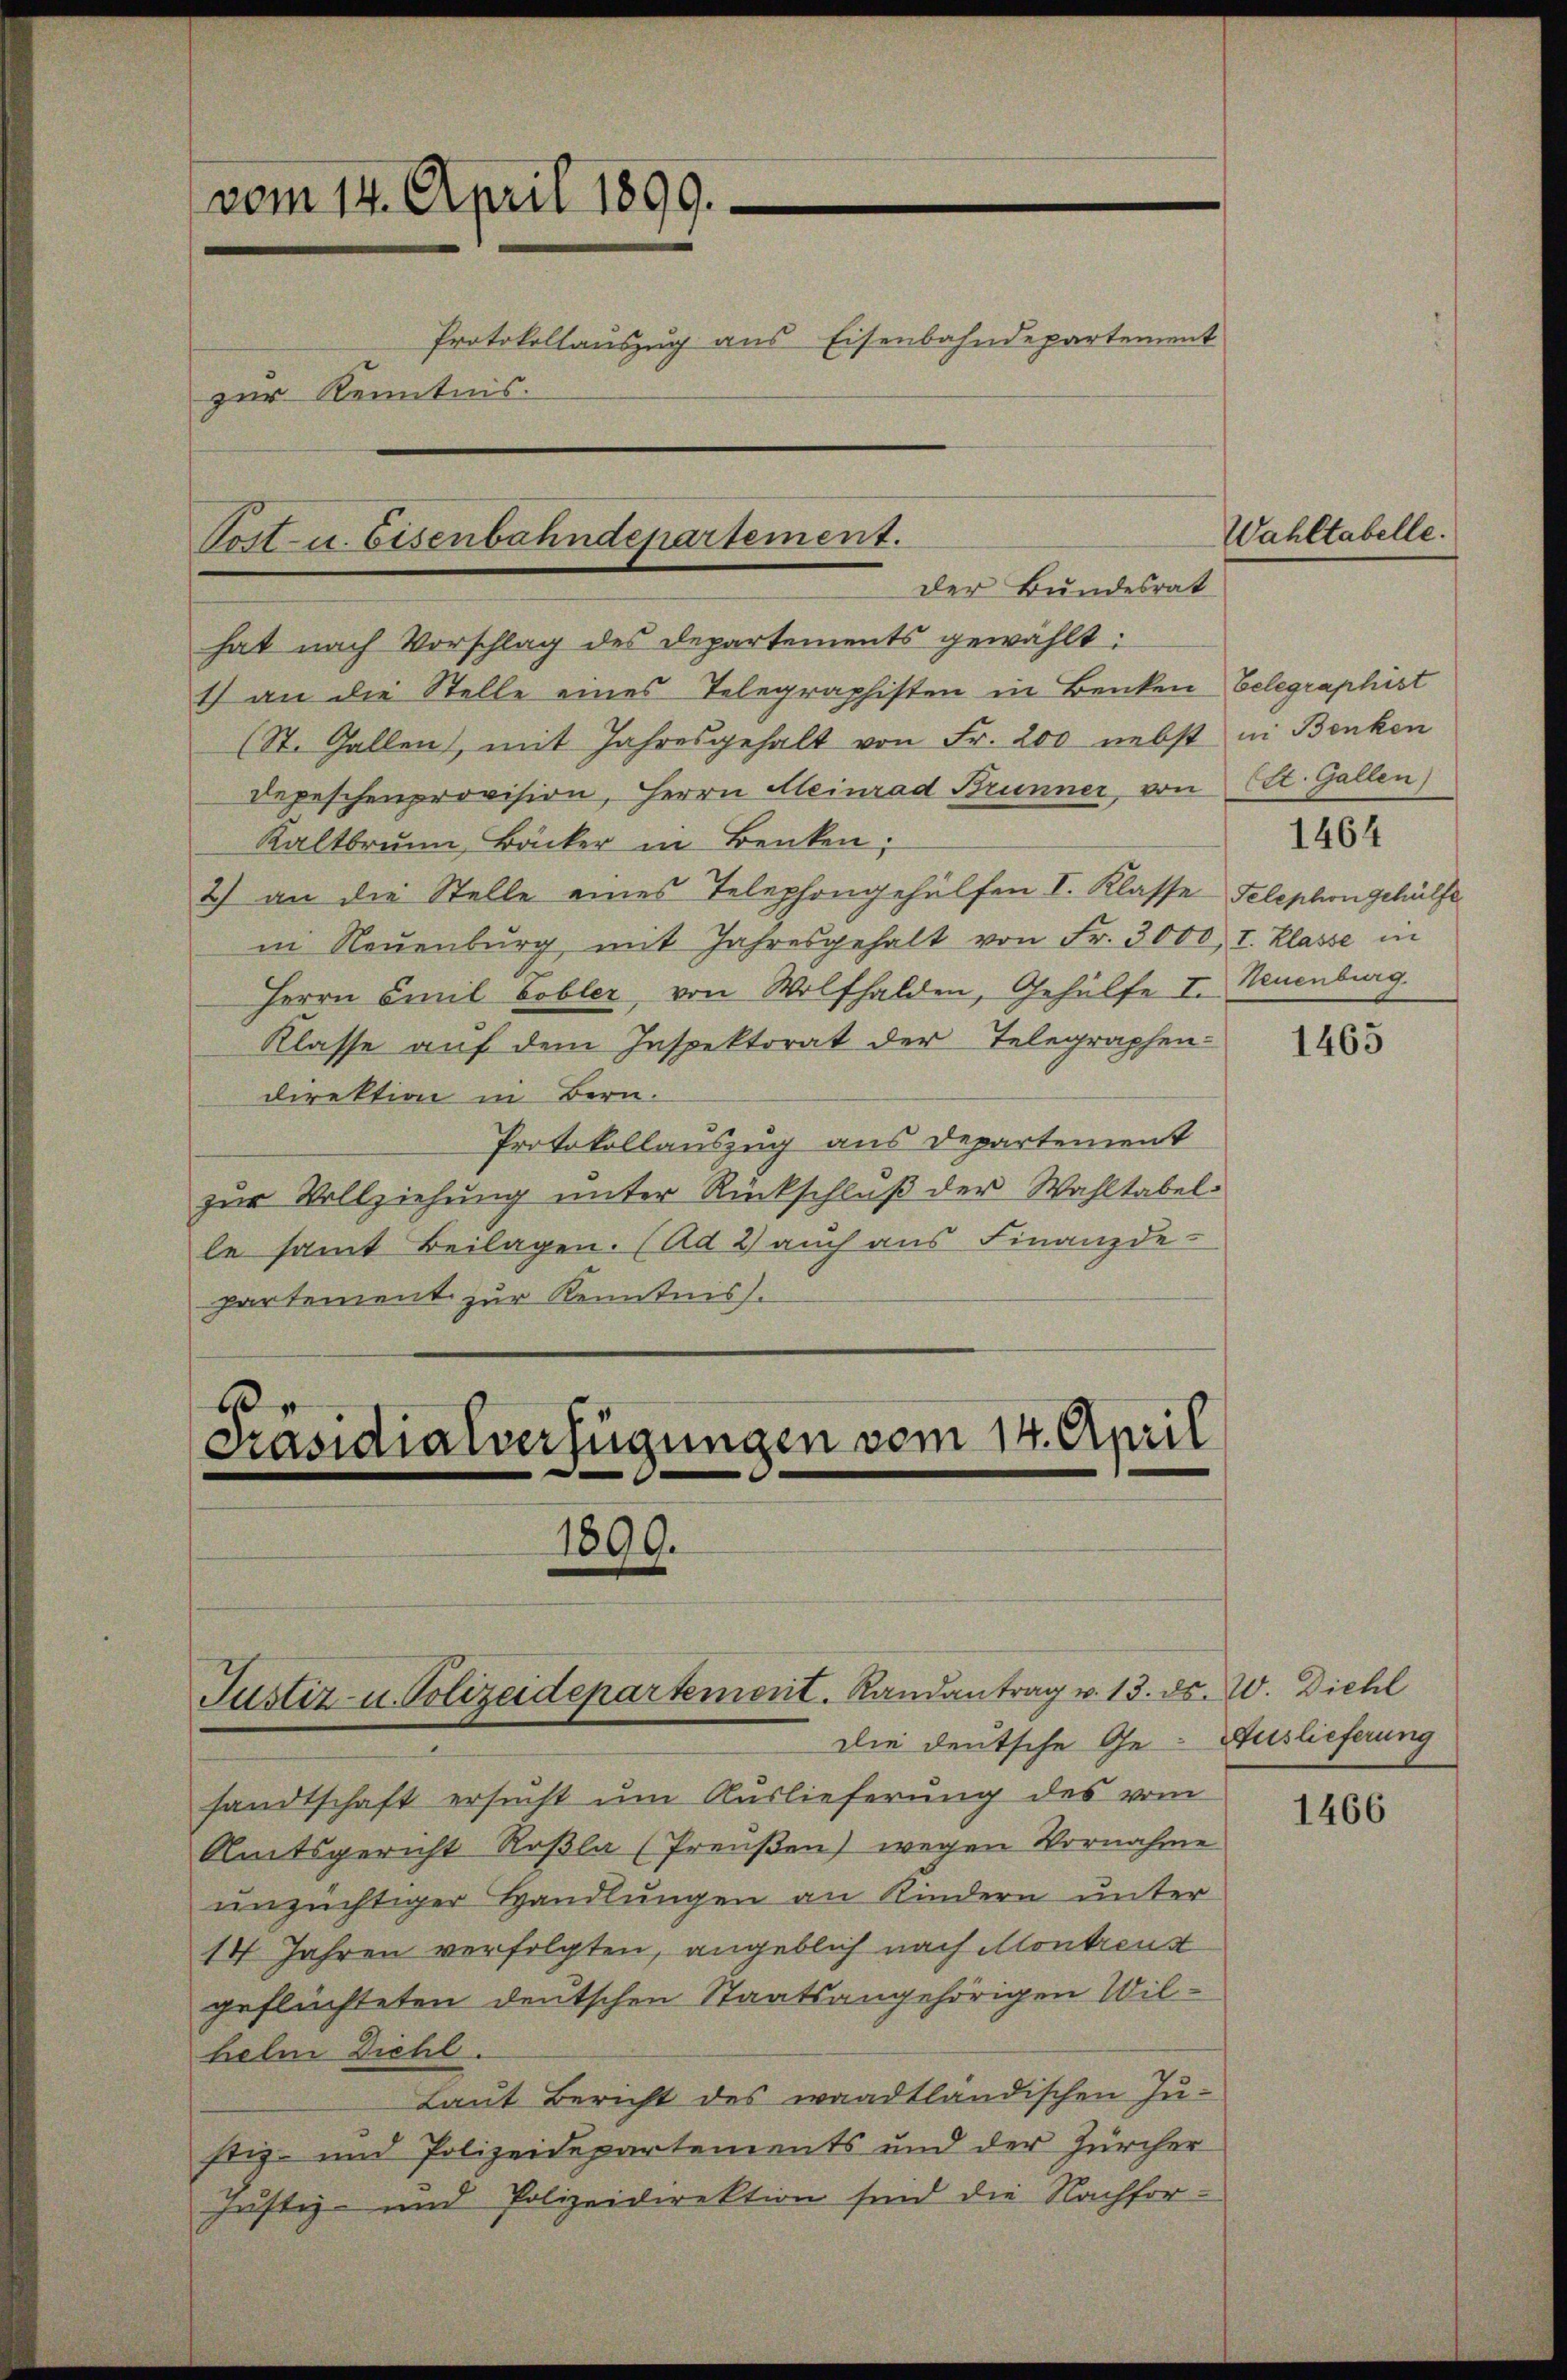
hat nach Vorschlag des Departements gewählt:
1) an die Stelle eines Telegraphisten in Benken belegraphist
(St. Gallen, mit Jahresgehalt von Fr. 200 nebst in Benken
Depeschenprovision, Herrn Heinrad Brunner, von St. Gallen)
Kaltbrunn, Bäcker in Benken;
2) an die Stelle eines Telephongehülfen I. Klasse Telephongehülfe
in Neuenburg mit Jahresgehalt von Fr. 3000, I. Klasse in
Herrn Emil Cobler, von Wolfhalden, Gehülfe I. Neuenburg.
Klasse auf dem Inspektorat der Telegraphen-
direktion in Bern.
Protokollauszug aus Departement
zur Vollziehung unter Rückschluß der Wahltabelle samt Beilagen. (Ad 2) auch aus Finanzde-
partement zur Kenntnis.
Es

vom 14. April 1899.
Protokollauszug aus Eisenbahndepartement
zur Kenntnis.

Post- u. bisenbahndepartement.
der Bundesrat

Präsidialverfügungen vom 14. April
1899.

Justiz- u. Polizeidepartement. Randantrag v. 13. ds. W. Diehl

Die deutsche Ge- Auslieferung
sandtschaft ersucht um Auslieferung des vom
Amtsgericht Roßla (Preußen) wegen Vornahme
unzüchtiger Handlungen an Kindern unter
14 Jahren verfolgten, angeblich nach Montreust
geflüchteten deutschen Staatsangehörigen Wilhelm Diehl.
Laut Bericht des waadtländischen Justiz- und Polizeidepartements und der Zürcher
Justiz- und Polizeidirektion sind die Nachfor¬

Wahltabelle.

1464

1465

1466